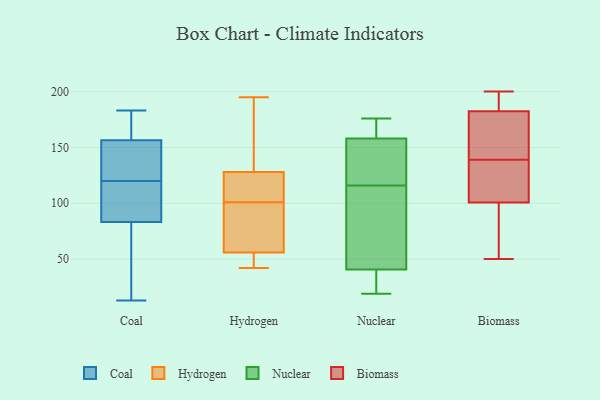
{"axis": {"x": "Website Visitors", "y": "Value"}, "legend": ["Biomass", "Coal", "Hydrogen", "Nuclear"], "data": [{"x": "", "y": 75, "type": "Coal"}, {"x": "", "y": 140, "type": "Coal"}, {"x": "", "y": 83, "type": "Coal"}, {"x": "", "y": 183, "type": "Coal"}, {"x": "", "y": 162, "type": "Coal"}, {"x": "", "y": 162, "type": "Coal"}, {"x": "", "y": 182, "type": "Coal"}, {"x": "", "y": 137, "type": "Coal"}, {"x": "", "y": 120, "type": "Coal"}, {"x": "", "y": 95, "type": "Coal"}, {"x": "", "y": 59, "type": "Coal"}, {"x": "", "y": 126, "type": "Coal"}, {"x": "", "y": 13, "type": "Coal"}, {"x": "", "y": 119, "type": "Coal"}, {"x": "", "y": 116, "type": "Coal"}, {"x": "", "y": 84, "type": "Coal"}, {"x": "", "y": 140, "type": "Coal"}, {"x": "", "y": 27, "type": "Coal"}, {"x": "", "y": 171, "type": "Coal"}, {"x": "", "y": 195, "type": "Hydrogen"}, {"x": "", "y": 111, "type": "Hydrogen"}, {"x": "", "y": 49, "type": "Hydrogen"}, {"x": "", "y": 97, "type": "Hydrogen"}, {"x": "", "y": 105, "type": "Hydrogen"}, {"x": "", "y": 42, "type": "Hydrogen"}, {"x": "", "y": 180, "type": "Hydrogen"}, {"x": "", "y": 56, "type": "Hydrogen"}, {"x": "", "y": 128, "type": "Hydrogen"}, {"x": "", "y": 65, "type": "Hydrogen"}, {"x": "", "y": 116, "type": "Nuclear"}, {"x": "", "y": 19, "type": "Nuclear"}, {"x": "", "y": 32, "type": "Nuclear"}, {"x": "", "y": 70, "type": "Nuclear"}, {"x": "", "y": 176, "type": "Nuclear"}, {"x": "", "y": 166, "type": "Nuclear"}, {"x": "", "y": 173, "type": "Nuclear"}, {"x": "", "y": 67, "type": "Nuclear"}, {"x": "", "y": 134, "type": "Nuclear"}, {"x": "", "y": 32, "type": "Nuclear"}, {"x": "", "y": 122, "type": "Nuclear"}, {"x": "", "y": 93, "type": "Biomass"}, {"x": "", "y": 115, "type": "Biomass"}, {"x": "", "y": 172, "type": "Biomass"}, {"x": "", "y": 190, "type": "Biomass"}, {"x": "", "y": 152, "type": "Biomass"}, {"x": "", "y": 194, "type": "Biomass"}, {"x": "", "y": 123, "type": "Biomass"}, {"x": "", "y": 139, "type": "Biomass"}, {"x": "", "y": 50, "type": "Biomass"}, {"x": "", "y": 137, "type": "Biomass"}, {"x": "", "y": 147, "type": "Biomass"}, {"x": "", "y": 96, "type": "Biomass"}, {"x": "", "y": 200, "type": "Biomass"}, {"x": "", "y": 67, "type": "Biomass"}, {"x": "", "y": 186, "type": "Biomass"}]}